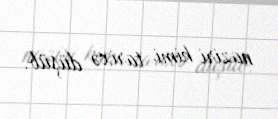
naziri kimi tarixə düşüb.